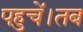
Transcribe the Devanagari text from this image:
पहुचें।तब